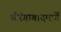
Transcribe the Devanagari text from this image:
औरंगाबादमार्गे